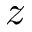
z